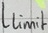
Text: Llimit